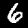
Label: 6